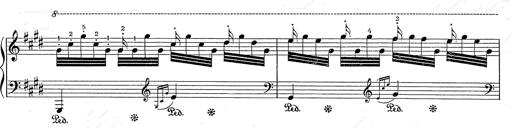
Title: Hungarian Rhapsody No.2
Composer: Franz Liszt
Key: C-sharp minor